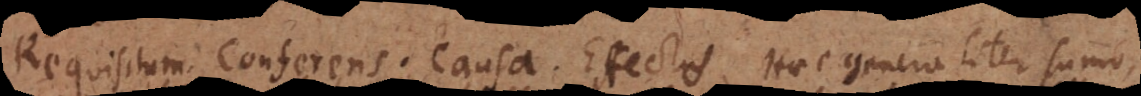
Requisitum. Conferens. Causa. Effectus. Haec generaliter sumo,